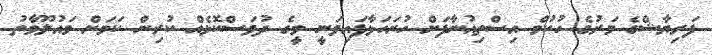
ފަރިޔާޝްގެ މަރުގެ ހުކުމް އިސްތިއުނާފަށް ހުށަހަޅާފައިވަނީ މީގެ ދުވަސްކޮޅެއް ކުރިން ކަމަށް މައުލޫމާތު